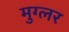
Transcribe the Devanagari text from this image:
मुग्लर